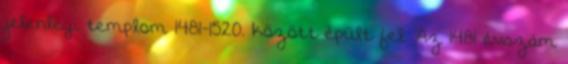
jelenlegi templom 1481-1520. között épült fel. Az 1481 évszám